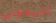
تفهموني